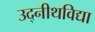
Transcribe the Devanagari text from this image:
उद्नीथविद्या